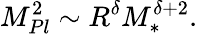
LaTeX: M_{Pl}^{2}\sim R^{\delta}M_{\ast}^{\delta+2}.